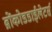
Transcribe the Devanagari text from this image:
ब्रोंकोडडाईलेटर्स